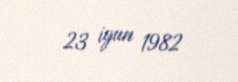
23 iyun 1982